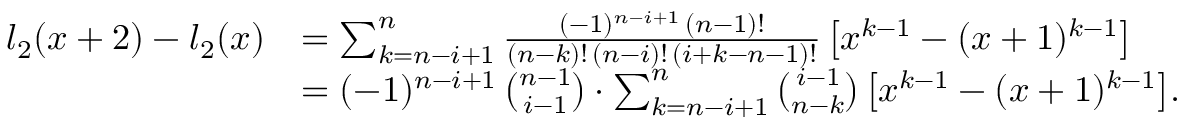
\begin{array} { r l } { l _ { 2 } ( x + 2 ) - l _ { 2 } ( x ) } & { = \sum _ { k = n - i + 1 } ^ { n } \frac { ( - 1 ) ^ { n - i + 1 } \, ( n - 1 ) ! } { ( n - k ) ! \, ( n - i ) ! \, ( i + k - n - 1 ) ! } \, \bigl [ x ^ { k - 1 } - ( x + 1 ) ^ { k - 1 } \bigr ] } \\ & { = ( - 1 ) ^ { n - i + 1 } \, \binom { n - 1 } { i - 1 } \cdot \sum _ { k = n - i + 1 } ^ { n } \binom { i - 1 } { n - k } \, \bigl [ x ^ { k - 1 } - ( x + 1 ) ^ { k - 1 } \bigr ] . } \end{array}